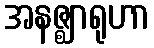
အနဇ္ဈာရုဟာ